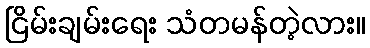
ငြိမ်းချမ်းရေး သံတမန်တဲ့လား။